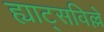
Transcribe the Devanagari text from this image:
ह्याट्सविल्ले